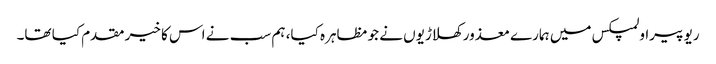
ریو پیراولمپکس میں ہمارے معذور کھلاڑیوں نے جو مظاہرہ کیا، ہم سب نے اس کا خیر مقدم کیا تھا۔